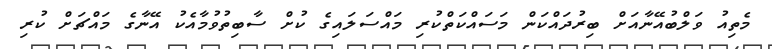
މެތިއު ވަލްބުއޭނާއަށް ބިރުދައްކަން މަސައްކަތްކުރި މައްސަލައިގެ ކުށް ސާބިތުވުމާއެކު އޭނާގެ މައްޗަށް ކުރި